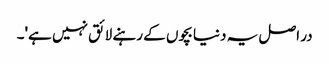
در اصل یہ دنیا بچوں کے رہنے لائق نہیں ہے'۔